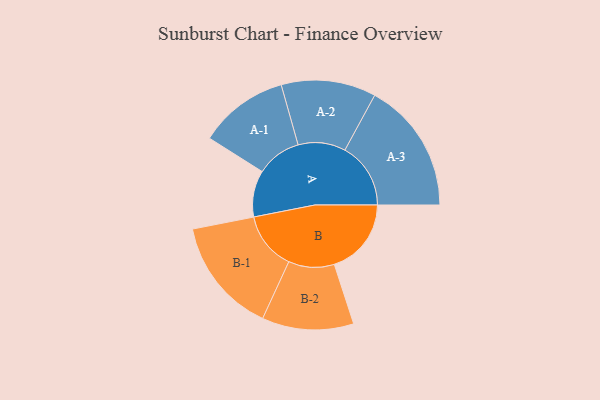
{"axis": {"x": "Segment", "y": "Value"}, "legend": ["", "A", "B"], "data": [{"x": "A", "y": 207, "type": ""}, {"x": "B", "y": 343, "type": ""}, {"x": "A-1", "y": 200, "type": "A"}, {"x": "A-2", "y": 211, "type": "A"}, {"x": "A-3", "y": 293, "type": "A"}, {"x": "B-1", "y": 258, "type": "B"}, {"x": "B-2", "y": 204, "type": "B"}]}